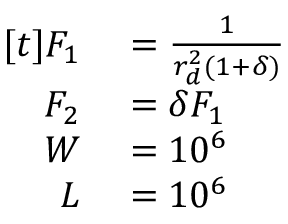
\begin{array} { r l } { [ t ] F _ { 1 } } & { { } = \frac { 1 } { r _ { d } ^ { 2 } ( 1 + \delta ) } } \\ { F _ { 2 } } & { { } = \delta F _ { 1 } } \\ { W } & { { } = 1 0 ^ { 6 } } \\ { L } & { { } = 1 0 ^ { 6 } } \end{array}